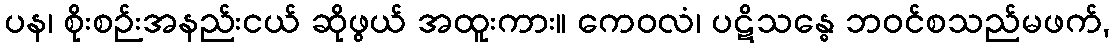
ပန၊ စိုးစဉ်းအနည်းငယ် ဆိုဖွယ် အထူးကား။ ကေဝလံ၊ ပဋိသန္ဓေ ဘဝင်စသည်မဖက်,